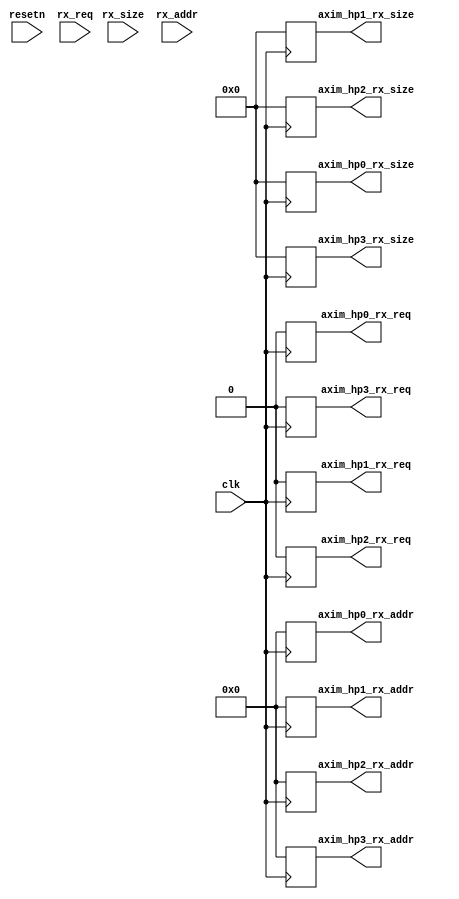
module axim_controller #(
// ******************************************************************
// Parameters
// ******************************************************************
  parameter         C_M_AXI_PROTOCOL                   = "AXI3",
  parameter integer C_M_AXI_ADDR_WIDTH                 = 32,
  parameter integer C_M_AXI_DATA_WIDTH                 = 64,
  parameter integer C_M_AXI_AWUSER_WIDTH               = 1,
  parameter integer C_M_AXI_ARUSER_WIDTH               = 1,
  parameter integer C_M_AXI_WUSER_WIDTH                = 1,
  parameter integer C_M_AXI_RUSER_WIDTH                = 1,
  parameter integer C_M_AXI_BUSER_WIDTH                = 1,
  
  // Number of address bits to test before wrapping
  parameter integer C_OFFSET_WIDTH                     = 16,
  
  /* Burst length for transactions, in C_M_AXI_DATA_WIDTHs.
   Non-2^n lengths will eventually cause bursts across 4K
   address boundaries.*/
  parameter integer C_M_AXI_RD_BURST_LEN               = 16,
  parameter integer C_M_AXI_WR_BURST_LEN               = 16,
  
  // CUSTOM PARAMS
  parameter         TX_SIZE_WIDTH                      = 10
)
(
// ******************************************************************
// IO
// ******************************************************************
  // System Signals
  input  wire                                 clk,
  input  wire                                 resetn,

  input  wire [10-1:0]                        rx_size,
  input  wire                                 rx_req,
  input  wire [C_M_AXI_ADDR_WIDTH-1:0]        rx_addr,

  output reg  [10-1:0]                        axim_hp0_rx_size,
  output reg                                  axim_hp0_rx_req,
  output reg  [C_M_AXI_ADDR_WIDTH-1:0]        axim_hp0_rx_addr,

  output reg  [10-1:0]                        axim_hp1_rx_size,
  output reg                                  axim_hp1_rx_req,
  output reg  [C_M_AXI_ADDR_WIDTH-1:0]        axim_hp1_rx_addr,

  output reg  [10-1:0]                        axim_hp2_rx_size,
  output reg                                  axim_hp2_rx_req,
  output reg  [C_M_AXI_ADDR_WIDTH-1:0]        axim_hp2_rx_addr,

  output reg  [10-1:0]                        axim_hp3_rx_size,
  output reg                                  axim_hp3_rx_req,
  output reg  [C_M_AXI_ADDR_WIDTH-1:0]        axim_hp3_rx_addr
);
// ******************************************************************

// ******************************************************************
  reg  [2:0]                                  state;
  reg  [2:0]                                  next_state;

  reg  [10-1:0]                               axi0_rx_size;
  reg                                         axi0_rx_req;
  reg  [C_M_AXI_ADDR_WIDTH-1:0]               axi0_rx_addr;

  reg  [10-1:0]                               axi1_rx_size;
  reg                                         axi1_rx_req;
  reg  [C_M_AXI_ADDR_WIDTH-1:0]               axi1_rx_addr;

  reg  [10-1:0]                               axi2_rx_size;
  reg                                         axi2_rx_req;
  reg  [C_M_AXI_ADDR_WIDTH-1:0]               axi2_rx_addr;

  reg  [10-1:0]                               axi3_rx_size;
  reg                                         axi3_rx_req;
  reg  [C_M_AXI_ADDR_WIDTH-1:0]               axi3_rx_addr;

  localparam integer STATE_IDLE = 0;
  localparam integer STATE_AXI0 = 1;
  localparam integer STATE_AXI1 = 2;
  localparam integer STATE_AXI2 = 3;
  localparam integer STATE_AXI3 = 4;

  always @*
  begin

    next_state = 0;

    axi0_rx_req  = 0;
    axi0_rx_addr = 0;
    axi0_rx_size = 0;
    axi1_rx_req  = 0;
    axi1_rx_addr = 0;
    axi1_rx_size = 0;
    axi2_rx_req  = 0;
    axi2_rx_addr = 0;
    axi2_rx_size = 0;
    axi3_rx_req  = 0;
    axi3_rx_addr = 0;
    axi3_rx_size = 0;
    case (state)
      STATE_IDLE : begin
        if (rx_req)
        begin
          next_state = STATE_AXI0;
        end
      end
      default : begin
      end
    endcase
  end

  always @(posedge clk)
  begin
    if (resetn)
      state <= next_state;
    else
      state <= STATE_IDLE;
  end

  always @(posedge clk)
  begin
    if (resetn)
    begin
      axim_hp0_rx_size <= axi0_rx_size;
      axim_hp1_rx_size <= axi1_rx_size;
      axim_hp2_rx_size <= axi2_rx_size;
      axim_hp3_rx_size <= axi3_rx_size;
    end
    else
    begin
      axim_hp0_rx_size <= 0;
      axim_hp1_rx_size <= 0;
      axim_hp2_rx_size <= 0;
      axim_hp3_rx_size <= 0;
    end
  end

  always @(posedge clk)
  begin
    if (resetn)
    begin
      axim_hp0_rx_addr <= axi0_rx_addr;
      axim_hp1_rx_addr <= axi1_rx_addr;
      axim_hp2_rx_addr <= axi2_rx_addr;
      axim_hp3_rx_addr <= axi3_rx_addr;
    end
    else
    begin
      axim_hp0_rx_addr <= 0;
      axim_hp1_rx_addr <= 0;
      axim_hp2_rx_addr <= 0;
      axim_hp3_rx_addr <= 0;
    end
  end

  always @(posedge clk)
  begin
    if (resetn)
    begin
      axim_hp0_rx_req <= axi0_rx_req;
      axim_hp1_rx_req <= axi1_rx_req;
      axim_hp2_rx_req <= axi2_rx_req;
      axim_hp3_rx_req <= axi3_rx_req;
    end
    else
    begin
      axim_hp0_rx_req <= 0;
      axim_hp1_rx_req <= 0;
      axim_hp2_rx_req <= 0;
      axim_hp3_rx_req <= 0;
    end
  end

endmodule